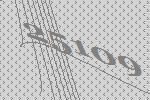
25109